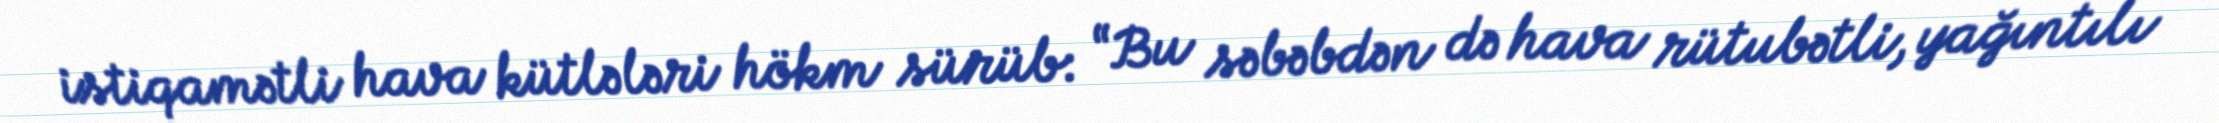
istiqamətli hava kütlələri hökm sürüb: “Bu səbəbdən də hava rütubətli, yağıntılı